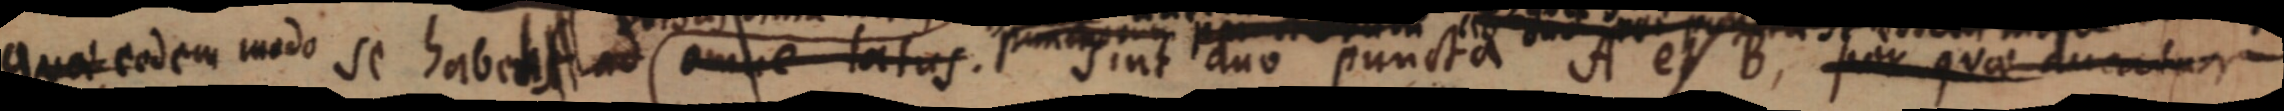
quae eodem modo se habent ad omnes latus. sint duo puncta A et B, per quae ducatur